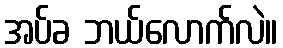
အပ်ခ ဘယ်လောက်လဲ။